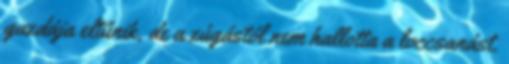
gazdája eltűnik, de a zúgástól nem hallotta a loccsanást.